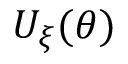
U _ { \xi } ( \theta )